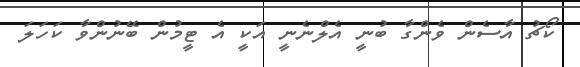
ކޯޗު އާސެން ވެންގާ ބުނީ އެލްނެނީ އަކީ އެ ޓީމުން ބޭނުންވާ ކަހަލަ